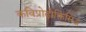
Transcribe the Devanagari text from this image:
कविप्रोढ़ोक्तिसिद्ध